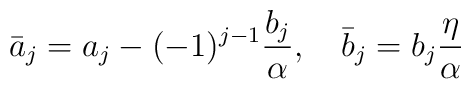
\bar{a}_{j}=a_{j}-(-1)^{j-1}\frac{b_{j}}{\alpha},\quad\bar{b}_{j}=b_{j}\frac{\eta}{\alpha}